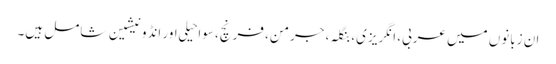
ان زبانوں میں عربی، انگریزی، بنگلہ، جرمن، فرنچ، سواحیلی اور انڈونیشین شامل ہیں۔